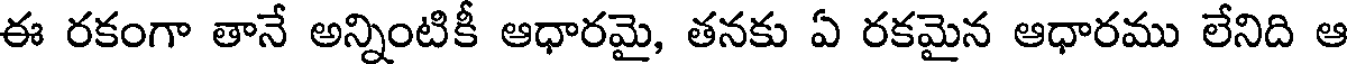
ఈ రకంగా తానే అన్నింటికీ ఆధారమై, తనకు ఏ రకమైన ఆధారము లేనిది ఆ